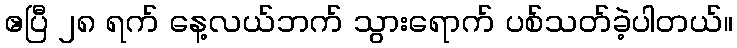
ဧပြီ ၂၈ ရက် နေ့လယ်ဘက် သွားရောက် ပစ်သတ်ခဲ့ပါတယ်။